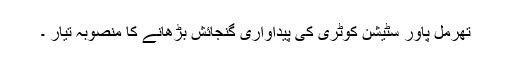
تھرمل پاور سٹیشن کوٹری کی پیداواری گنجائش بڑھانے کا منصوبہ تیار ۔